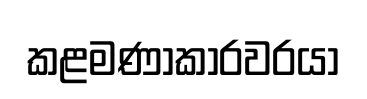
කළමණාකාරවරයා